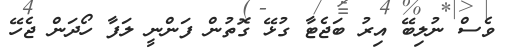
ވެސް ނުލިބޭ އިރު ބަޖެޓާ ގުޅޭ ގޮތުން ފަންނީ ލަފާ ހޯދަން ޖެހޭ